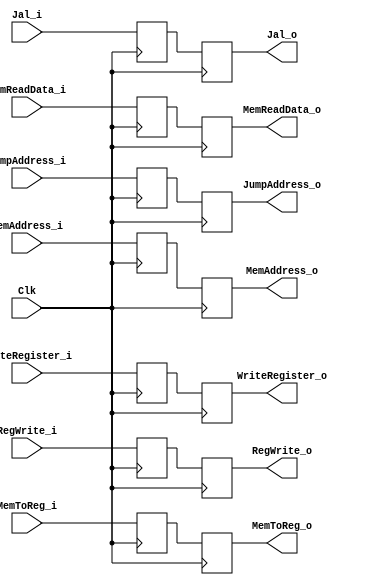
//Percentages
//Mason: 33%
//Alex: 33%
// Ali: 33%
module MEM_WB_Register(
    input Clk,
    //controller
    //write-back
    input RegWrite_i,
    input MemToReg_i,
    input Jal_i,

    //write-back
    output reg RegWrite_o,
    output reg MemToReg_o,
    output reg Jal_o,

    //other inputs
    input [31:0] MemReadData_i,
    input [31:0] MemAddress_i,
    input [4:0] WriteRegister_i,
    input [31:0] JumpAddress_i,

    //other outputs
    output reg [31:0] MemReadData_o,
    output reg [31:0] MemAddress_o,
    output reg [4:0] WriteRegister_o,
    output reg [31:0] JumpAddress_o

    );
    
    reg RegWrite;
    reg MemToReg;
    reg Jal;

    reg [31:0] MemReadData;
    reg [31:0] MemAddress;
    reg [4:0] WriteRegister;
    reg [31:0] JumpAddress;


    always @(posedge Clk) begin
        RegWrite <= RegWrite_i;
        MemToReg <= MemToReg_i;
        Jal <= Jal_i;

        MemReadData <= MemReadData_i;
        MemAddress <= MemAddress_i;
        WriteRegister <= WriteRegister_i;
        JumpAddress <= JumpAddress_i;

    end
    
    always @(negedge Clk) begin
        RegWrite_o <= RegWrite;
        MemToReg_o <= MemToReg;
        Jal_o <= Jal;
        
        MemReadData_o <= MemReadData;
        MemAddress_o <= MemAddress;
        WriteRegister_o <= WriteRegister;
        JumpAddress_o <= JumpAddress;    
        
    end


endmodule